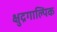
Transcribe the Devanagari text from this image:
क्षुद्रगाल्पिक